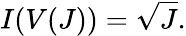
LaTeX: I(V(J))={\sqrt{J}}.